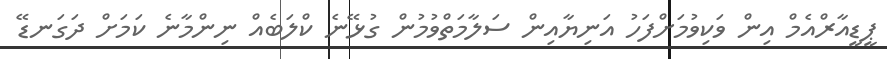
ޕީޑީއާރްއެމް އިން ވަކިވުމަށްފަހު އަނިޔާއިން ސަލާމަތްވުމުން ގުޅޭނެ ކްލަބެއް ނިންމާނެ ކަމަށް ދަގަނޑޭ